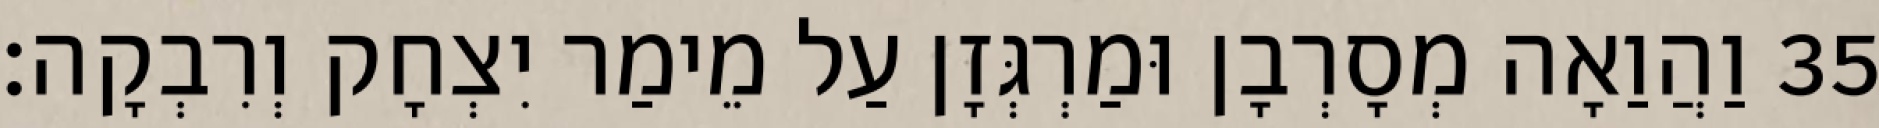
35 וַהֲוַאָה מְסָרְבָן וּמַרְגְּזָן עַל מֵימַר יִצְחָק וְרִבְקָה׃